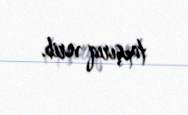
tapşırıq verib.